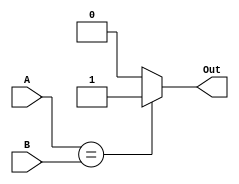
/* 	Author: Tobias Minn
	MIPS Pipeline Processor

	Equality Gate
		
*/
module equalityGate #(parameter WIDTH = 32)(
	input	[WIDTH-1:0] 	A, B,
	output					Out);

	assign Out = (A == B) ? 1'h1 : 1'h0;

endmodule